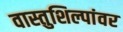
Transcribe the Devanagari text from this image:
वास्तुशिल्पांवर